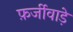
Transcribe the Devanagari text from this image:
फ़र्जीवाड़े